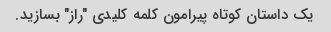
یک داستان کوتاه پیرامون کلمه کلیدی "راز" بسازید.